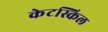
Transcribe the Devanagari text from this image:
केटस्किल